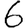
Digit: 6